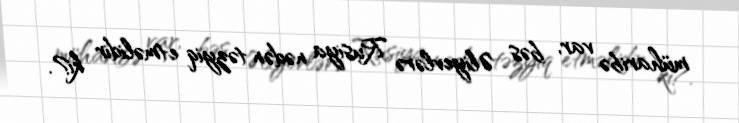
müharibə var, bəs Əliyevlərə Rusiya nədən təzyiq etməlidir ki?.